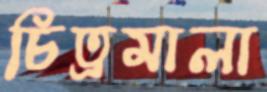
চিত্রমালা